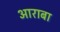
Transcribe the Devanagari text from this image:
आराबा